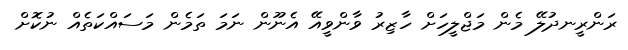
ރަންރީނދުލޭ މެން މަޖްލީހަށް ހާޒިރު ވާންވީއޭ އެނޫން ނަމަ ތަމެން މަސައްކަތެއް ނުކޮށް